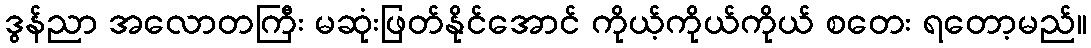
ဒွန်ညာ အလောတကြီး မဆုံးဖြတ်နိုင်အောင် ကိုယ့်ကိုယ်ကိုယ် စတေး ရတော့မည်။